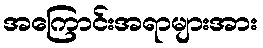
အကြောင်းအရာများအား